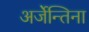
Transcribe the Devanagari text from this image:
अर्जेन्तिना